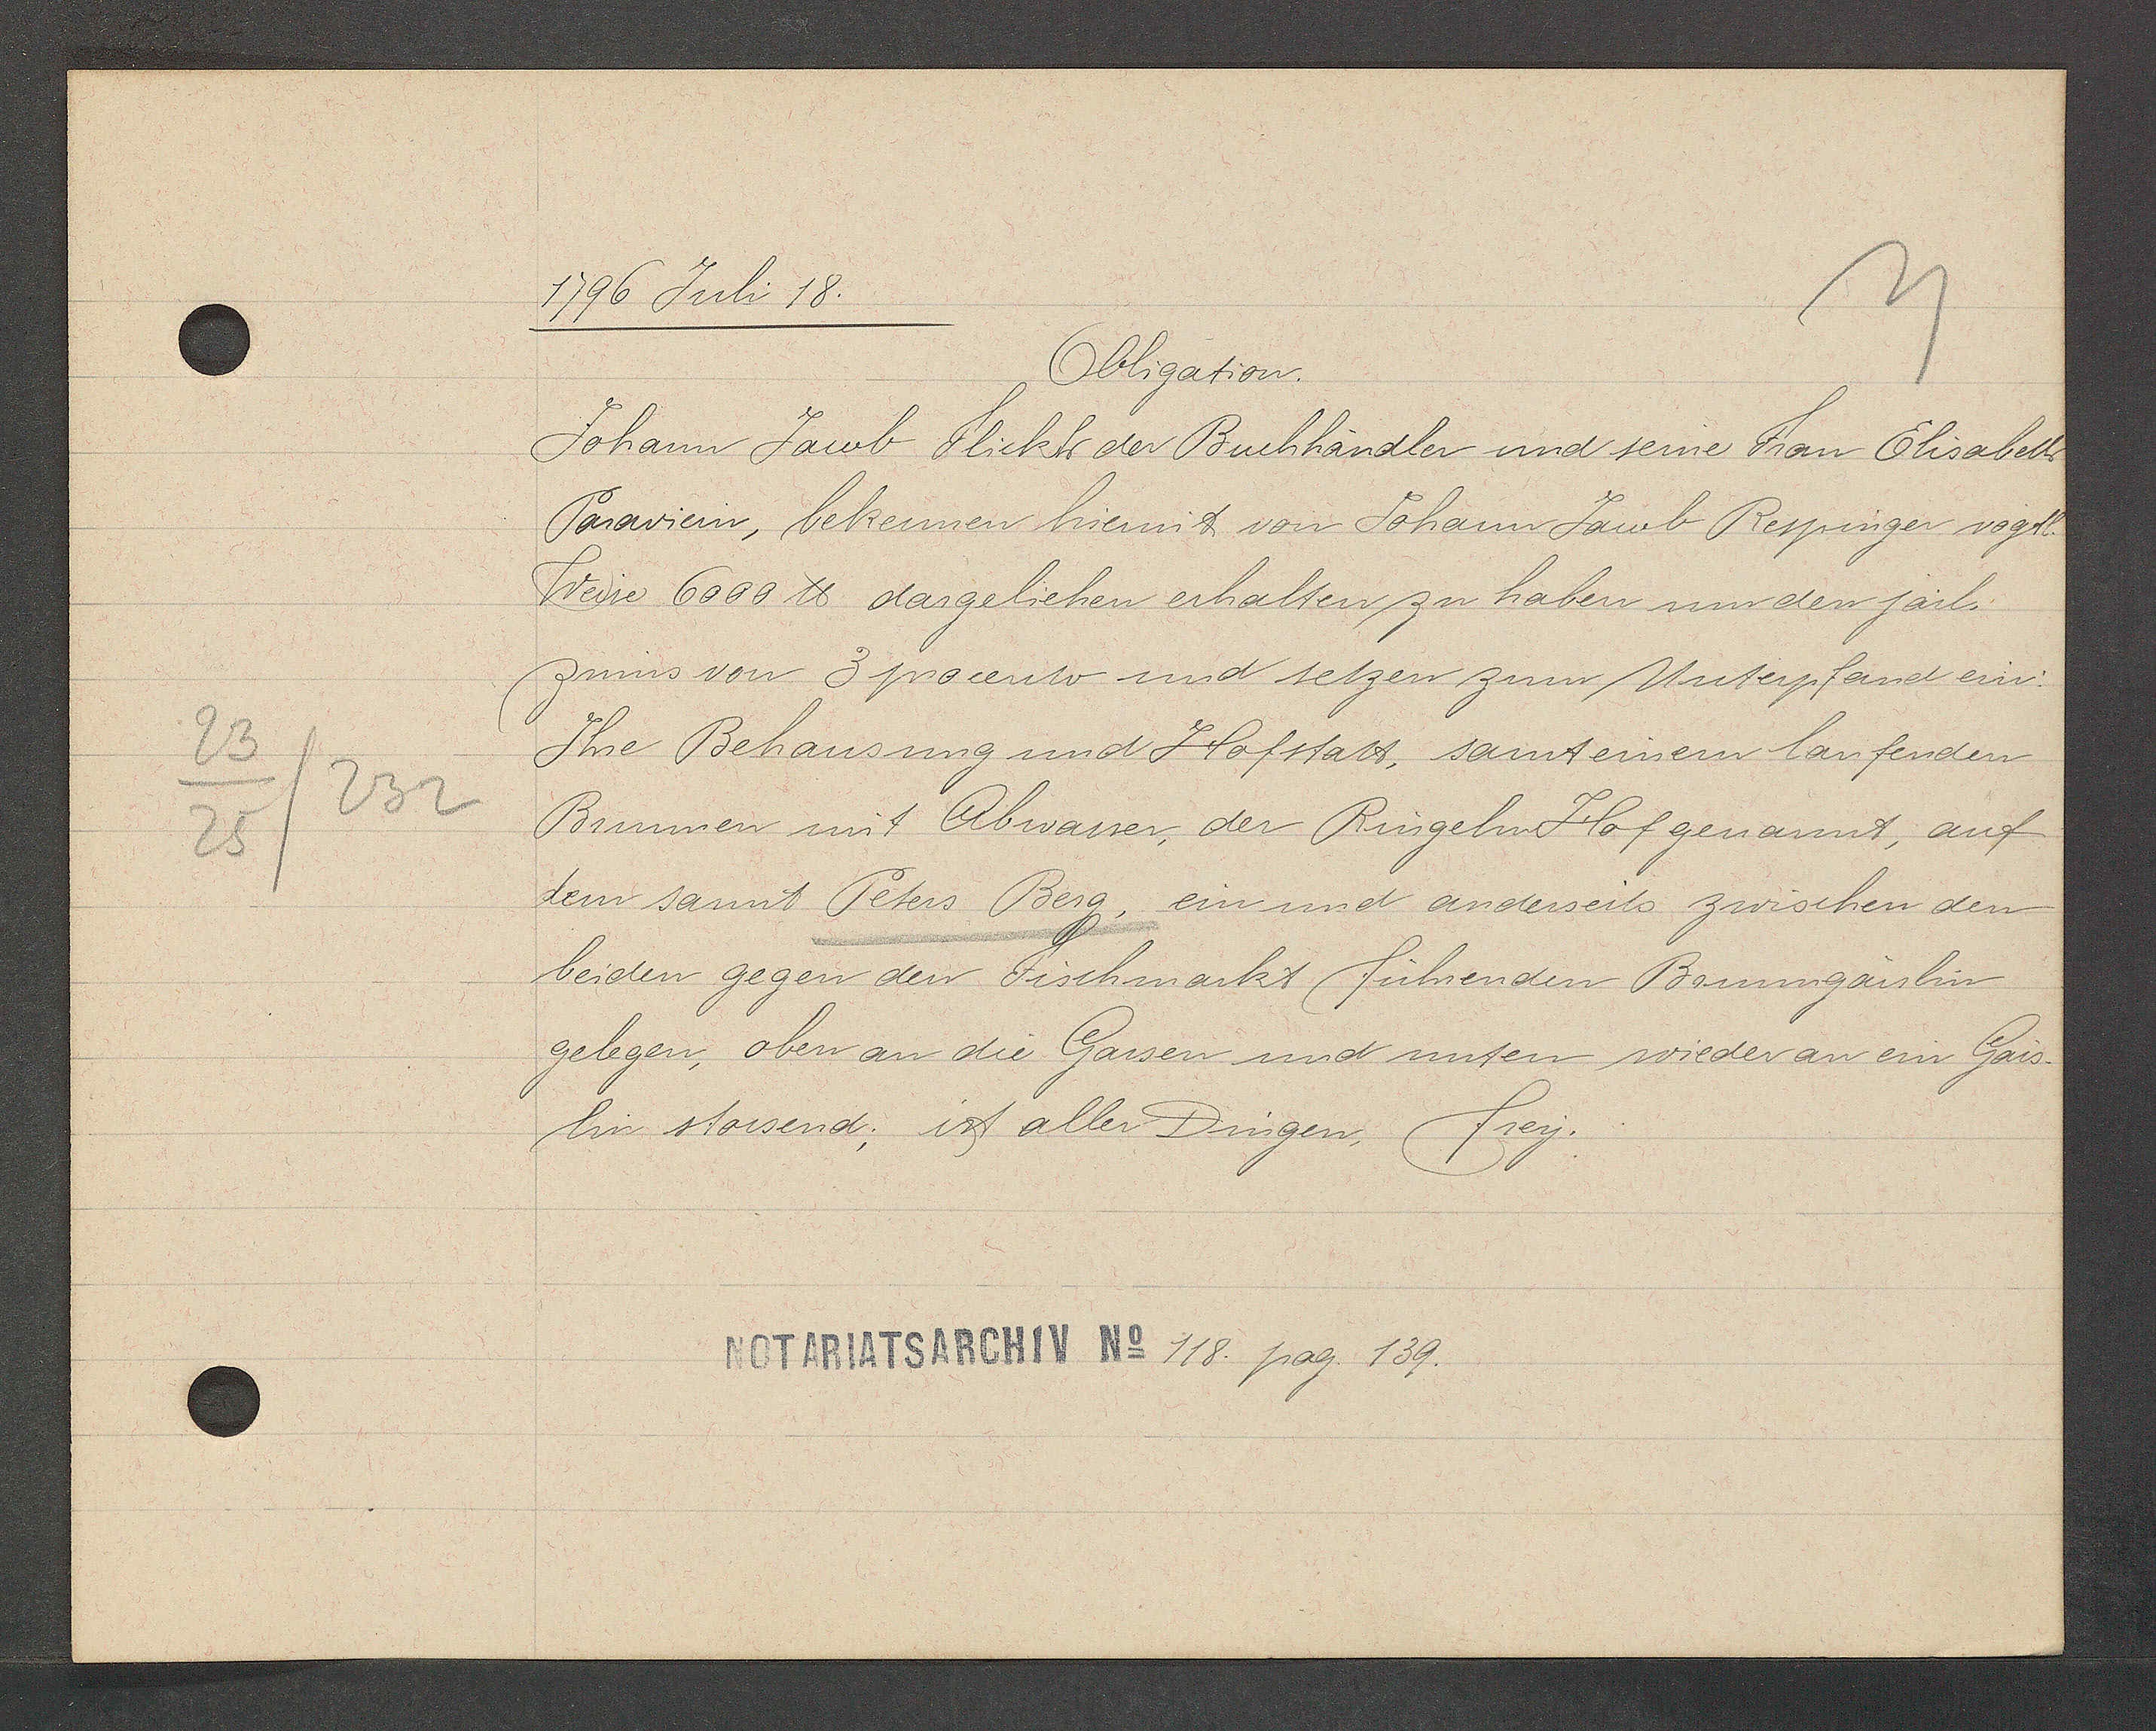
Transcript:
23
232
25

1796 Juli 18.

Obligation.
Johann Jacob Flickh der Buchhändler und seine Frau Elisabeth
Paraviem, bekennen hiemit von Johann Jaob Respinger vogtl.
Weise 6000 ℔ dargeliehen erhalten zu haben um den järl.
lin stossend; ist aller Dingen, frey.
gelegen, oben an die Gassen und unten wieder an ein Gäss¬
beiden gegen den Fischmarkt führenden Bommgaislin
dem sannt Peters Berg, ein und anderseits zwischen den
Brunnen mit Abwasser, der Ringeln Hof genannt, auf
Ihre Behausung und Hofstatt, samt einem laufenden
zinns von 3 procento und setzen zum Unterpfand ein.

Notariatsarchiv No 118. pag. 139.